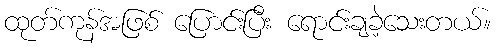
ထုတ်ကုန်အဖြစ် ပြောင်းပြီး ရောင်းချခဲ့သေးတယ်။